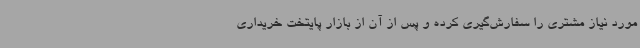
مورد نیاز مشتری را سفارش‌گیری کرده و پس از آن از بازار پایتخت خریداری